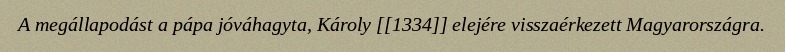
A megállapodást a pápa jóváhagyta, Károly [[1334]] elejére visszaérkezett Magyarországra.